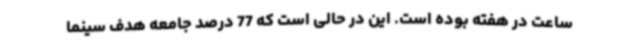
ساعت در هفته بوده است. این در حالی است که 77 درصد جامعه هدف سینما